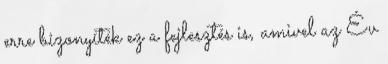
erre bizonyíték ez a fejlesztés is, amivel az Év